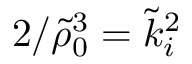
2 / \tilde { \rho } _ { 0 } ^ { 3 } = \tilde { k } _ { i } ^ { 2 }